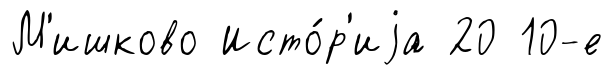
М'ишково Исто́р'иjа 20 10-е